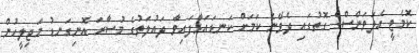
ކޮމެޓީ އެލަވަންސްގެ ގޮތުގައި ދެވޭނެ ކަމަށް ކަނޑައަޅާފައިވާ ދައުލަތުގެ މުސާރަ އޮނިގަނޑު މަޖިލީހުން